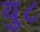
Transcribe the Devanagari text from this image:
यु८